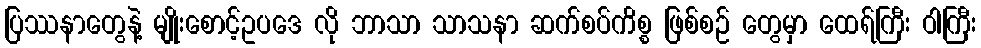
ပြဿနာတွေနဲ့ မျိုးစောင့်ဥပဒေ လို ဘာသာ သာသနာ ဆက်စပ်ကိစ္စ ဖြစ်စဉ် တွေမှာ ထေရ်ကြီး ဝါကြီး